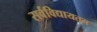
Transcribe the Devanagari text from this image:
सर्वविद्यायतन